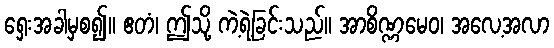
ရှေးအခါမှစ၍။ ဧတံ၊ ဤသို့ ကဲ့ရဲ့ခြင်းသည်။ အာစိဏ္ဏမေဝ၊ အလေ့အလာ